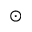
\odot